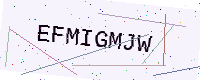
Text: EFMIGMJW